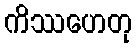
ကိဿဟေတု